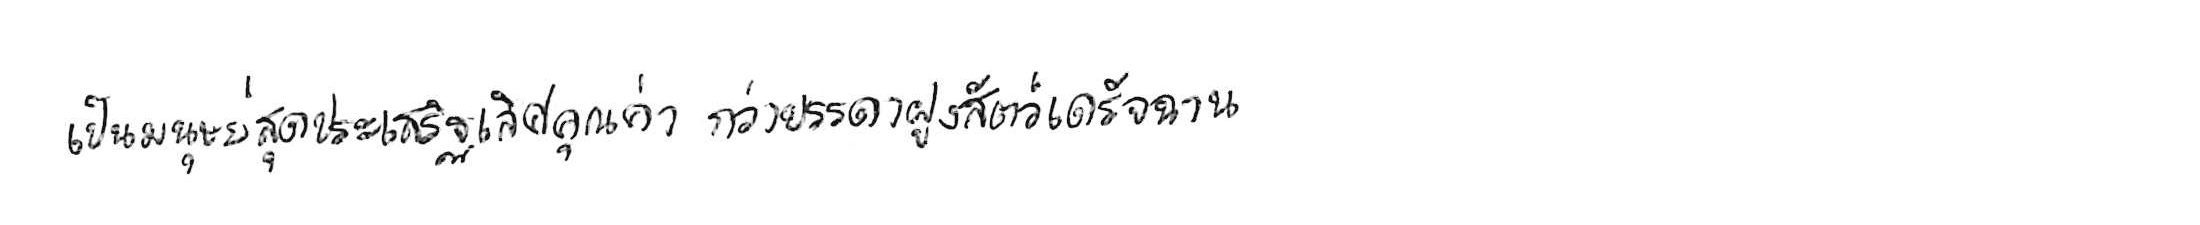
เป็นมนุษย์สุดประเสริฐเลิศคุณค่า กว่าบรรดาฝูงสัตว์เดรัจฉาน